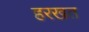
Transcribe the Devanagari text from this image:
हरखत